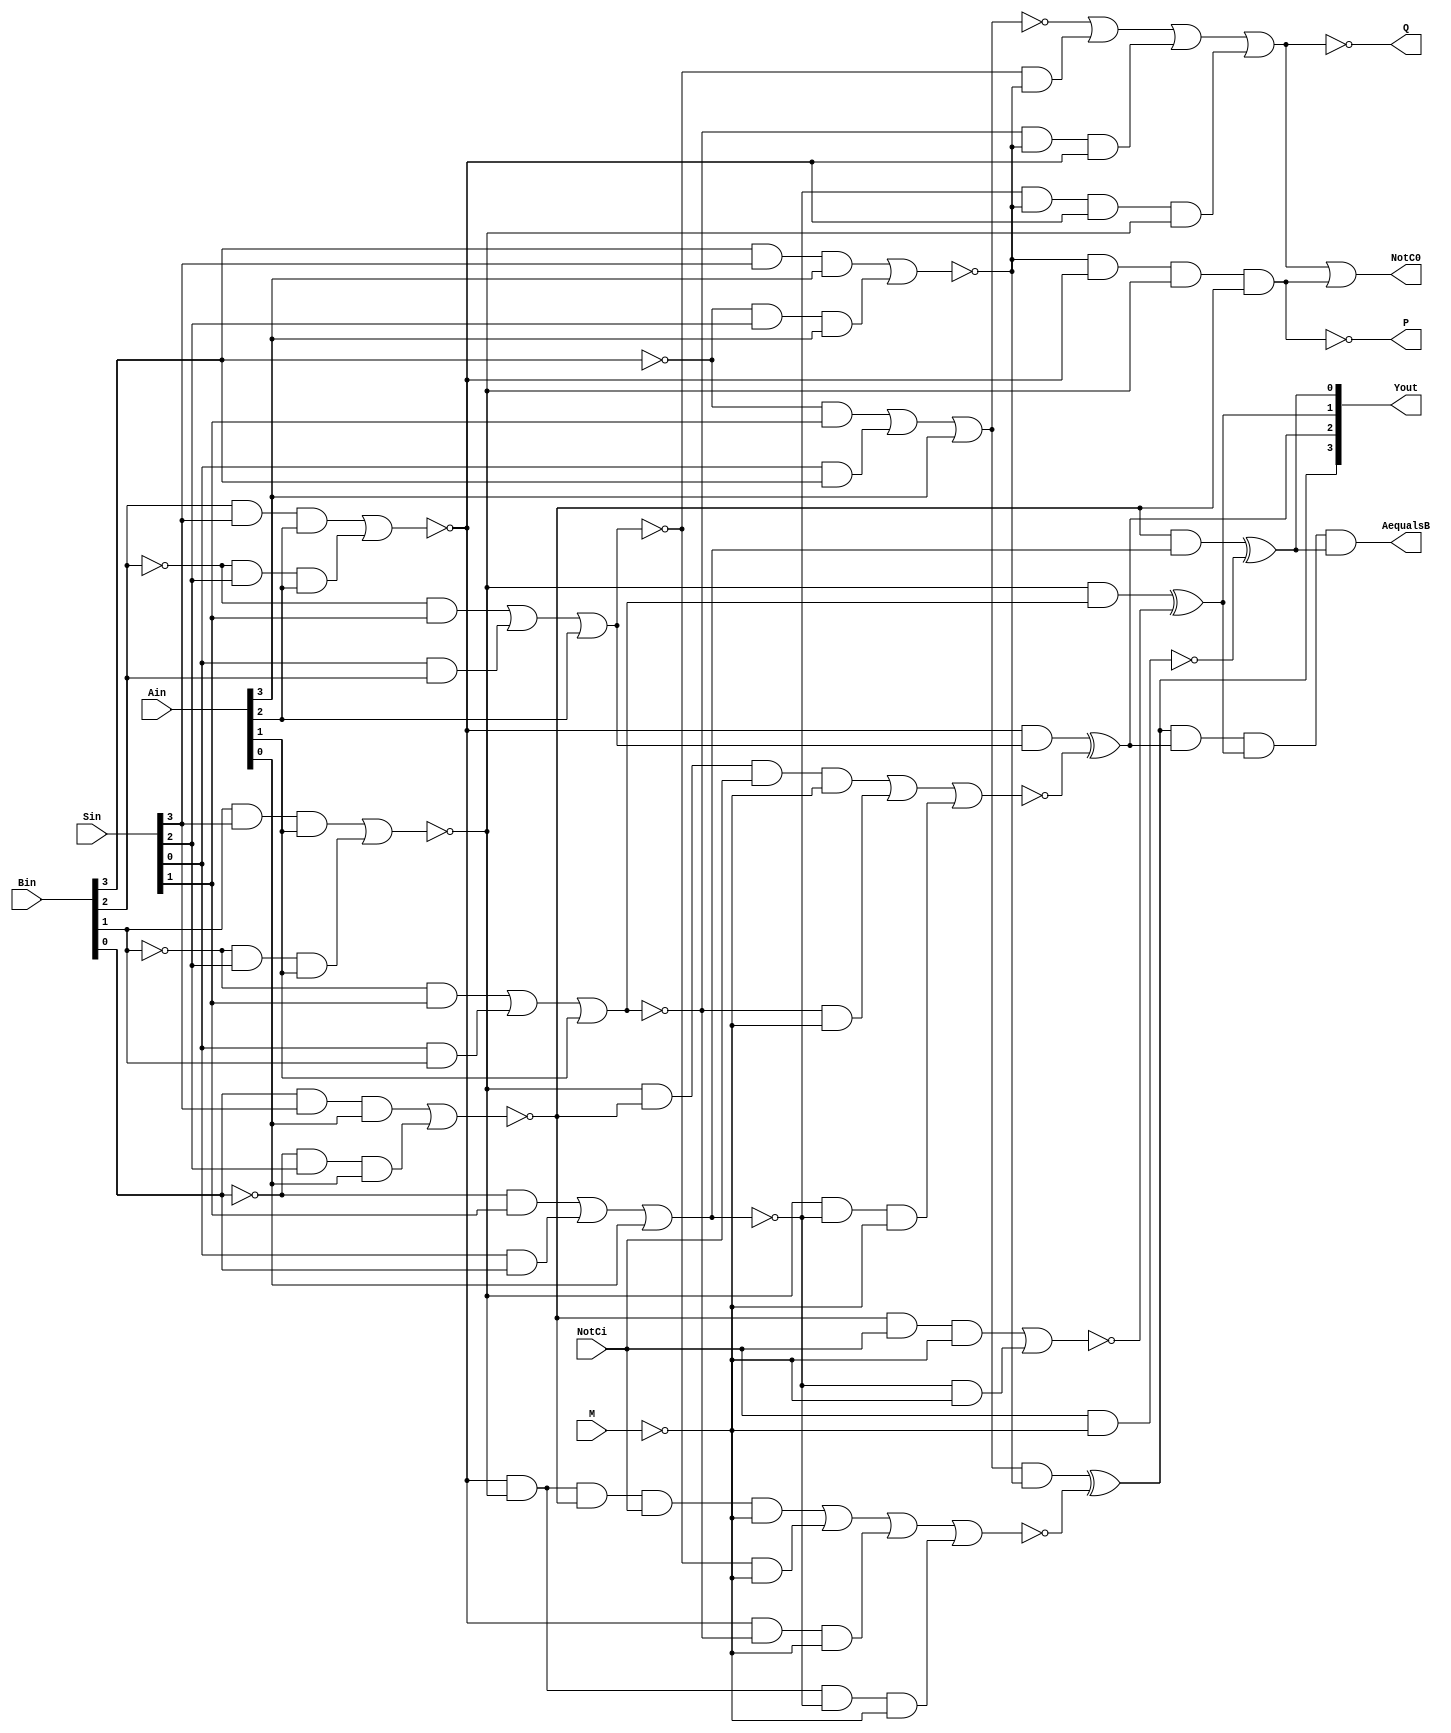
module ALU_2(
  input wire [3:0] Ain,
  input wire [3:0] Bin,
  input wire [3:0] Sin,
  input M, NotCi,
  
  output wire [3:0] Yout, 
  output P, Q, NotC0, AequalsB
  );
  
  wire  A0, A1, A2, A3;
  wire  B0, B1, B2, B3;
  wire  C0, C1, C2, C3;
  wire  S0, S1, S2, S3;
  wire  Y0, Y1, Y2, Y3;
  
  
  wire x1, x2, x3, x4, x5, x6, x7, x8;
  wire z1, z2, z3, z4, z5, z6, z7;
  
  assign A0 = Ain[0];
  assign A1 = Ain[1];
  assign A2 = Ain[2];
  assign A3 = Ain[3];
  
  assign B0 = Bin[0];
  assign B1 = Bin[1];
  assign B2 = Bin[2];
  assign B3 = Bin[3];
  
  assign S0 = Sin[0];
  assign S1 = Sin[1];
  assign S2 = Sin[2];
  assign S3 = Sin[3];
  
  assign x1 = ~((B3 & S3 & A3) | (~B3 & S2 & A3));
  assign x2 = ~((~B3 & S1) | (S0 & B3) | A3);
  
  assign x3 = ~((B2 & S3 & A2) | (~B2 & S2 & A2));
  assign x4 = ~((~B2 & S1) | (S0 & B2) | A2);
  
  assign x5 = ~((B1 & S3 & A1) | (~B1 & S2 & A1));
  assign x6 = ~((~B1 & S1) | (S0 & B1) | A1);
  
  assign x7 = ~((B0 & S3 & A0) | (~B0 & S2 & A0));
  assign x8 = ~((~B0 & S1) | (S0 & B0) | A0);
  
  assign z1 = ~(x1 & x3 & x5 & x7);
  assign z2 = ~(x2 | (x4 & x1) | (x6 & x1 & x3) | (x8 & x1 & x3 & x5));
  assign z3 = ~(x1 & x3 & x5 & x7);
  assign z4 = ((~x2)& x1)^(~((x3 & x5 & x7 & NotCi &(~M)) | (x4 & (~M)) | (x3 & x6 & (~M)) | (x3 & x5 & x8 & (~M))));
  assign z5 = (x3 & (~x4))^(~((x5 & x7 & NotCi & (~M)) | (x6 & (~M)) | (x5 & x8 & (~M))));
  assign z6 = (x5 & (~x6))^(~((x7 & NotCi & (~M)) | (x8 & (~M))));
  assign z7 = (x7 & (~x8))^(~(NotCi & (~M)));
  
  assign NotC0 = (~z2)|(~z3);
  assign AequalsB = z4 & z5 & z6 & z7;
  
  assign P = z1;
  assign Q = z2;
  assign Y3 = z4;
  assign Y2 = z5;
  assign Y1 = z6;
  assign Y0 = z7;
  assign Yout[0] = Y0;
  assign Yout[1] = Y1;
  assign Yout[2] = Y2;
  assign Yout[3] = Y3;
  
endmodule